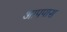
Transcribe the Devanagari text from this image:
आपपास